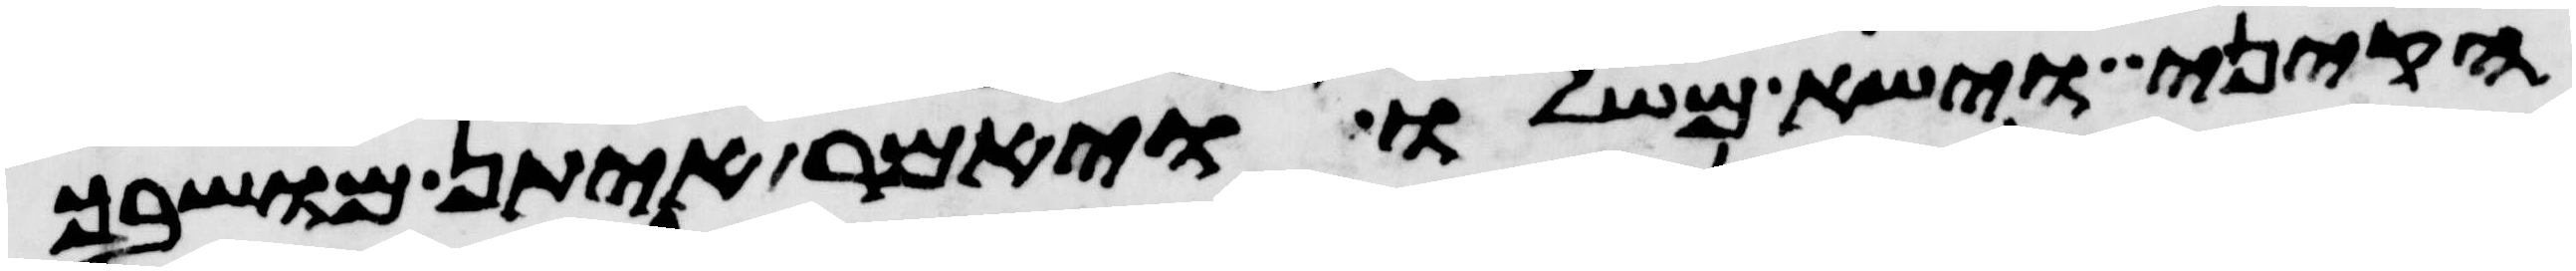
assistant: הקיני וישא משלו ויאמר איתן מושבך